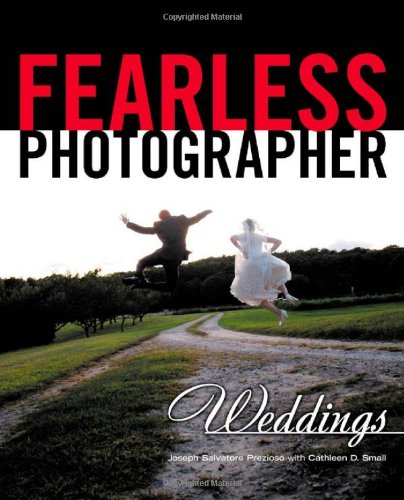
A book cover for Fearless Photographer: Weddings; Joseph Prezioso; Crafts, Hobbies & Home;